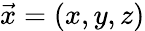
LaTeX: \vec{x}=(x,y,z)